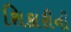
શિકારીની